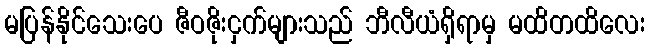
မပြန်နိုင်သေးပေ ဇီဝဇိုးငှက်များသည် ဘီလီယံရှိရာမှ မထိတထိလေး